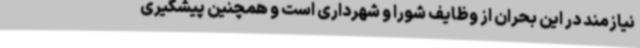
نیازمند در این بحران از وظایف شورا و شهرداری است و همچنین پیشگیری